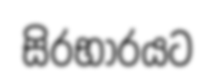
සිරභාරයට